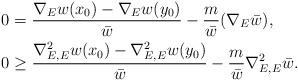
LaTeX: \begin{align*}0 &= \frac{\nabla_E w(x_0)-\nabla_Ew(y_0)}{\bar w} - \frac{m}{\bar w}(\nabla_E\bar w),\\0 &\geq \frac{\nabla^2_{E,E}w(x_0) - \nabla^2_{E,E}w(y_0)}{\bar w}-\frac{m}{\bar w}\nabla^2_{E,E}\bar w.\end{align*}